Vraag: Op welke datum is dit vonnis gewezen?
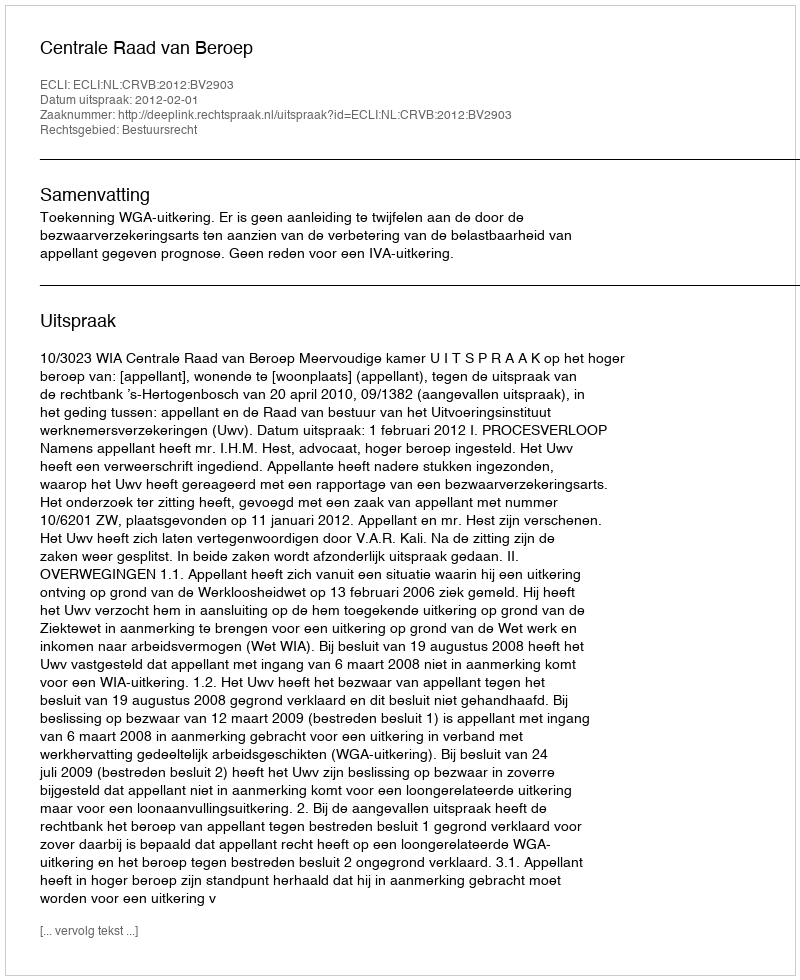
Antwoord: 2012-02-01